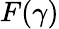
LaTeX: F(\gamma)